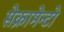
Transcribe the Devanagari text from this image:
सेक्रामेन्टो